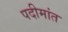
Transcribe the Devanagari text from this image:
पदीमांत